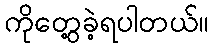
ကိုတွေ့ခဲ့ရပါတယ်။